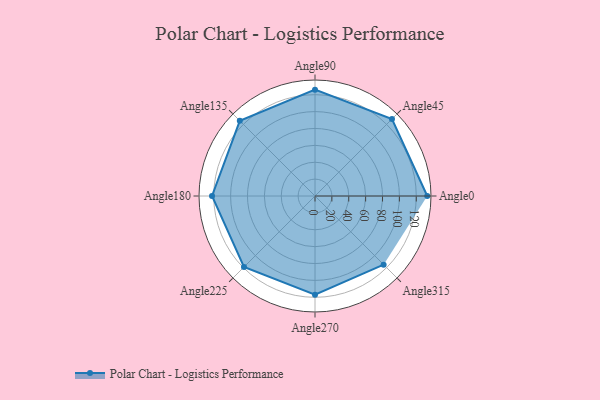
{"axis": {"x": "Angle", "y": "Radius"}, "legend": [""], "data": [{"x": "Angle0", "y": 133.0, "type": ""}, {"x": "Angle45", "y": 129.0, "type": ""}, {"x": "Angle90", "y": 126.0, "type": ""}, {"x": "Angle135", "y": 126.0, "type": ""}, {"x": "Angle180", "y": 122.0, "type": ""}, {"x": "Angle225", "y": 119.0, "type": ""}, {"x": "Angle270", "y": 117.0, "type": ""}, {"x": "Angle315", "y": 115.0, "type": ""}]}